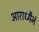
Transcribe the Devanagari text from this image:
आराध्यैनं